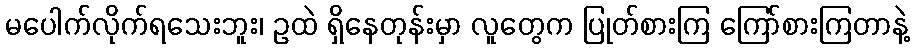
မပေါက်လိုက်ရသေးဘူး၊ ဥထဲ ရှိနေတုန်းမှာ လူတွေက ပြုတ်စားကြ ကြော်စားကြတာနဲ့